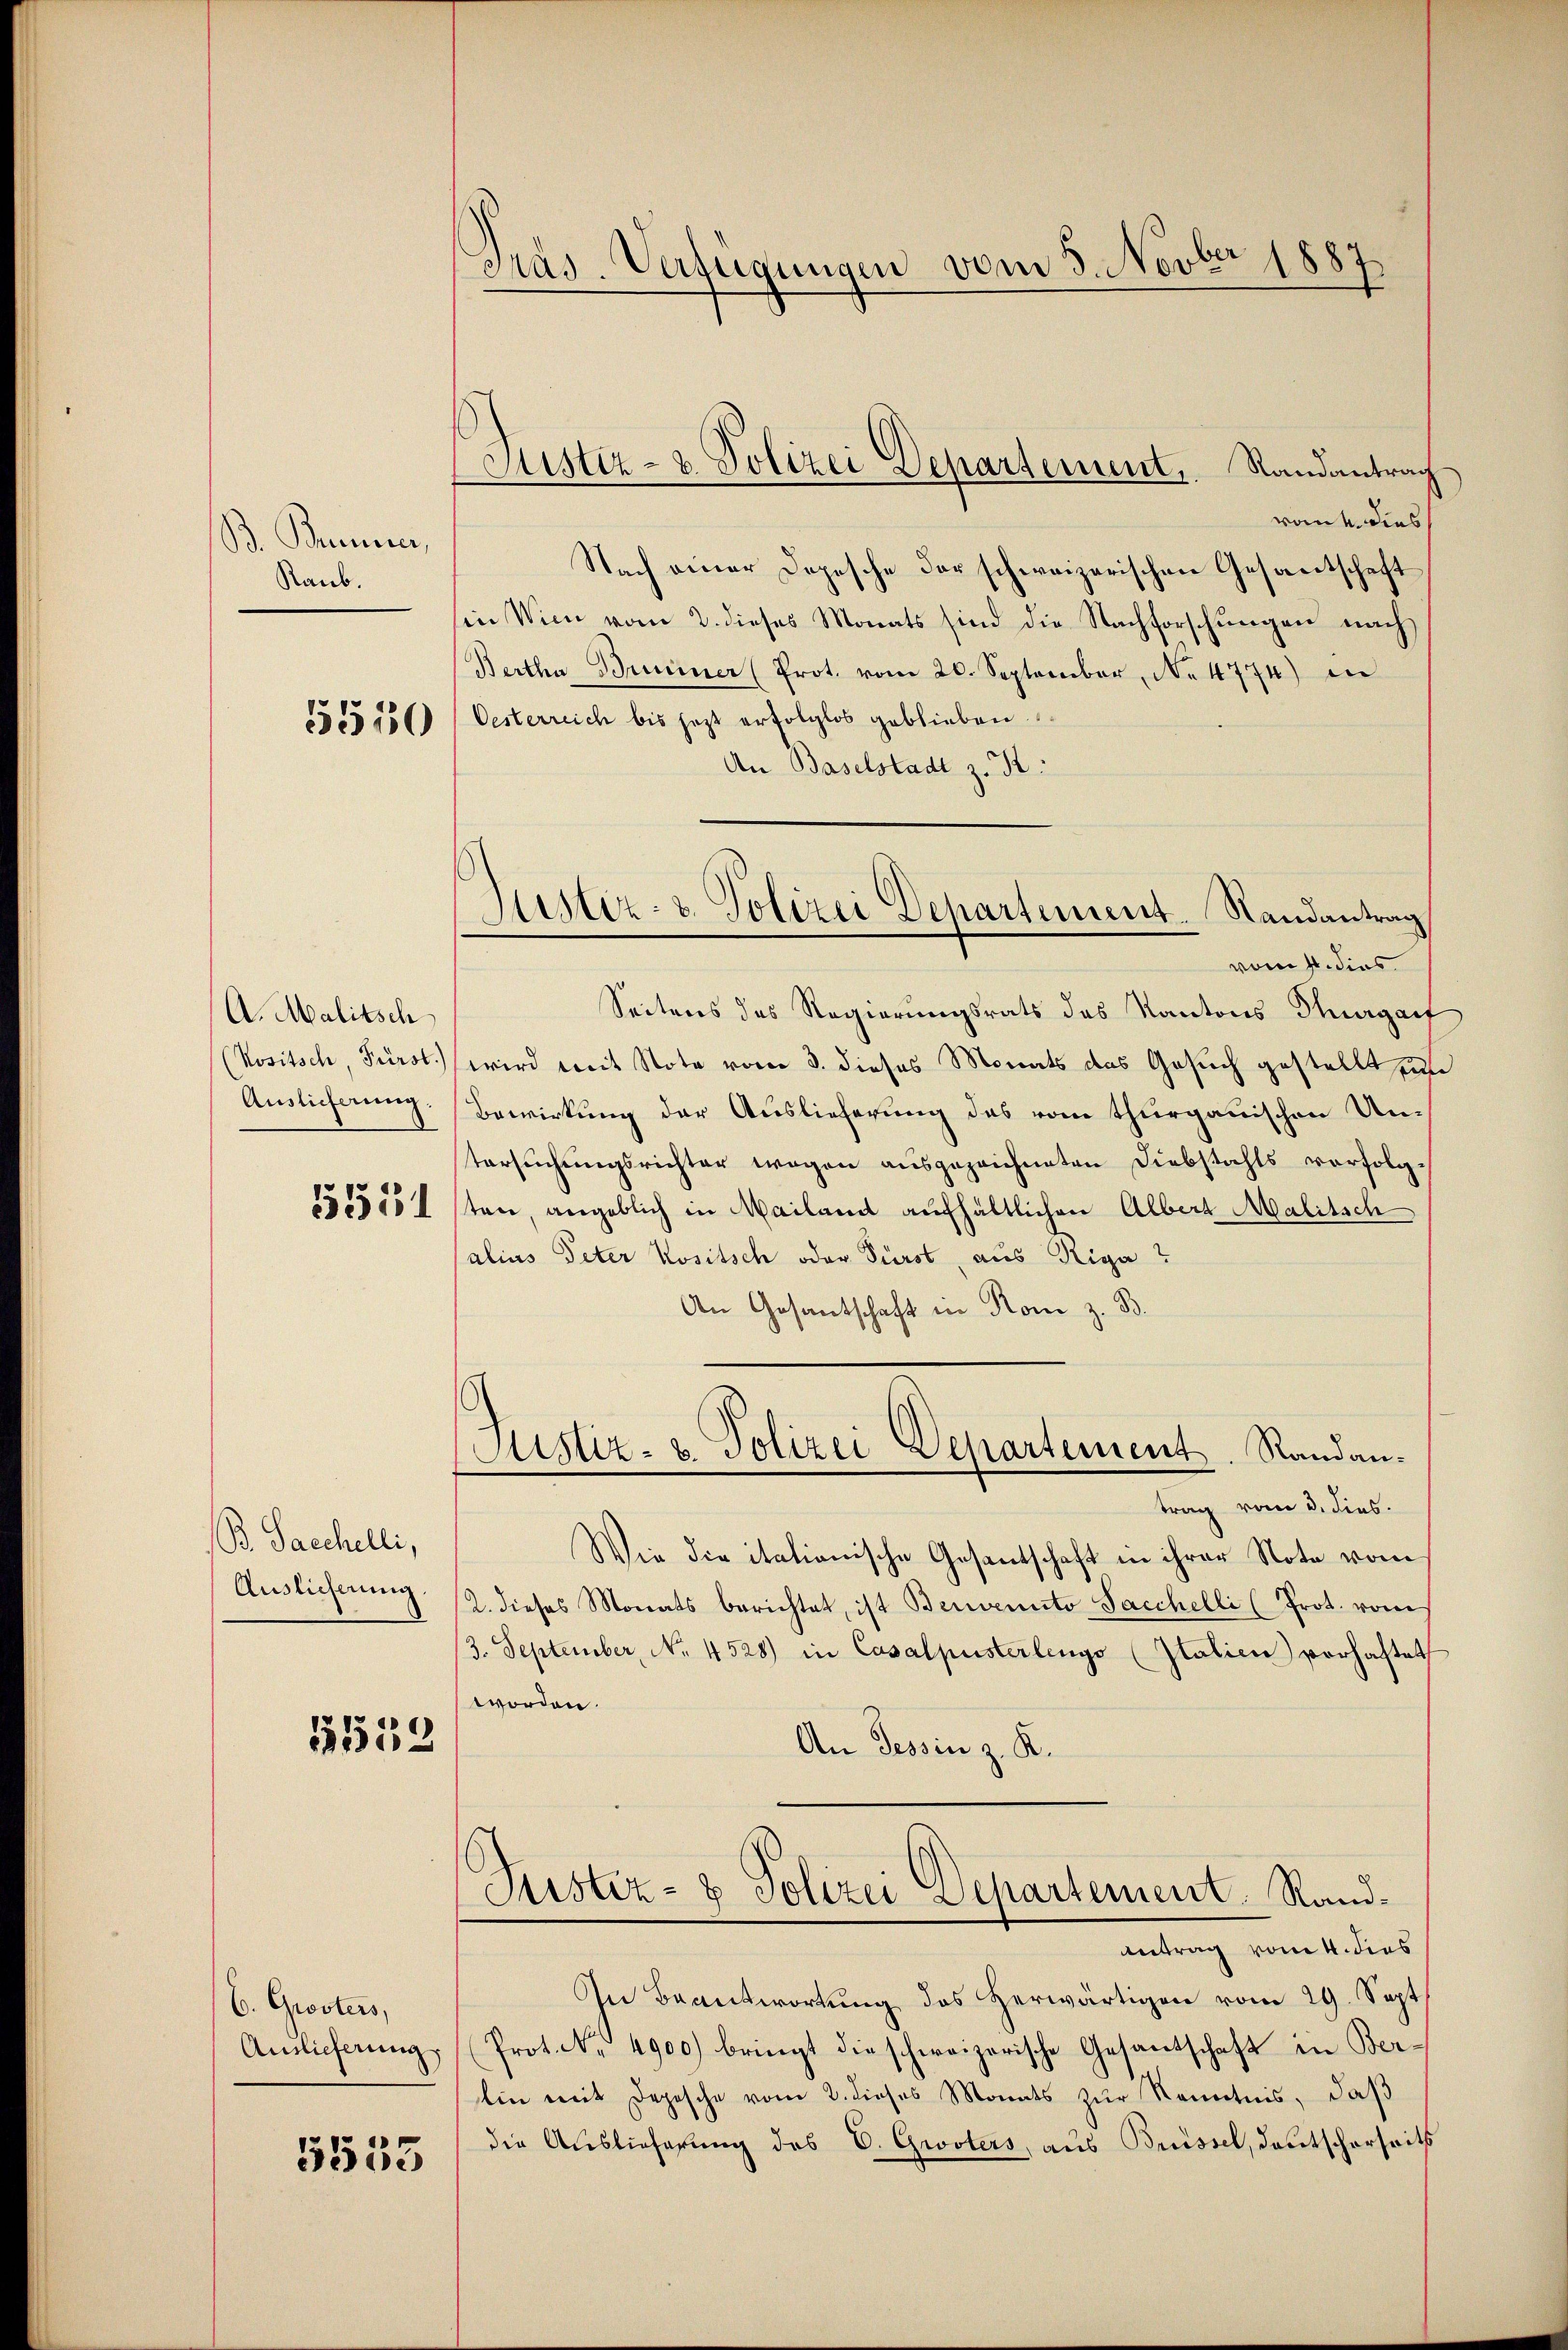
B. Brunner,
Raub.

55510

A. Malitsch
(Kositsch, Fürst.
Auslieferung.

5531

B. Sacchelli,
Auslieferung.

15552

C. Grosters,
Auslieferung

5553

Pras. Verfügungen vom 3. Novber 1887

Justiz- & Polizei Departement. Randantrag

vone dies
Nach einer Depesche der schweizerischen Gesantschaft
sin Wien vom 2. dieses Monats sind die Nachforschungen nach
Bertha Brunner (Prot. vom 20. September, No 4774) in
Oesterreich bis jezt erfolglos geblieben.
An Baselstadt z. B.
Seitens des Regierungsrats des Kantons Sargau
wird mit Note vom 3. dieses Monats das Gesuch gestellt un
Bewirkung der Auslieferung des vom thurgauischen Untersŭchŭngsrichter wegen ausgezeichneten Diebstahls verfolgten, angeblich in Mailand aufhältlichen Albert Malitsch
alius Peter Kositsch oder Fürst, aus Riga?
An Gesantschaft in Rom z. B.
Justiz- u. Polizei Departement. Randantrag vom 3. dies.
Wie die italionische Gesantschaft in ihrer Note vom
2. dieses Monats berichtet, ist Benvenito Sacchelli (Prot. vom
3. September, No. 4528) in Casalpusterlings (Italien) verhaftet
worden.
An Tessin z. K.
Justiz- & Polizei Departement. Rand¬
Antrag vom 4. dies
In Beantwortŭng des herwärtigen vom 29. Sept
Prot. No. 4900.) bringt die schweizerische Gesantschaft in Berlin mit Depesche vom 2. dieses Monats zur Kenntnis, daß
die Auslieferung des C. Gwoters, aus Brüssel, Deutscherseits

Justiz- & Polizei Dehartement-Randantrag
vom 11. dies